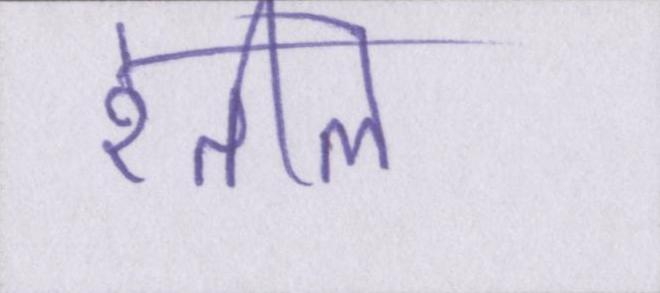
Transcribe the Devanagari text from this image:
रेतीले